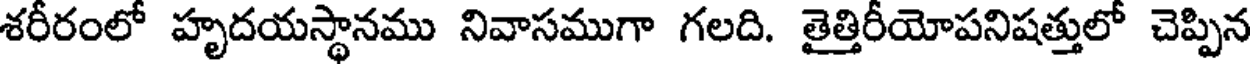
శరీరంలో హృదయస్థానము నివాసముగా గలది. తైత్తిరీయోపనిషత్తులో చెప్పిన